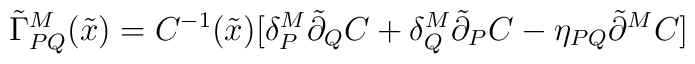
\tilde{\Gamma}_{PQ}^M(\tilde{x})= C^{-1}(\tilde{x})[\delta_P^M\tilde{\partial}_QC+\delta_Q^M \tilde{\partial}_PC -\eta_{PQ}\tilde{\partial}^MC]